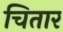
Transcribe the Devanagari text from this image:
चितार